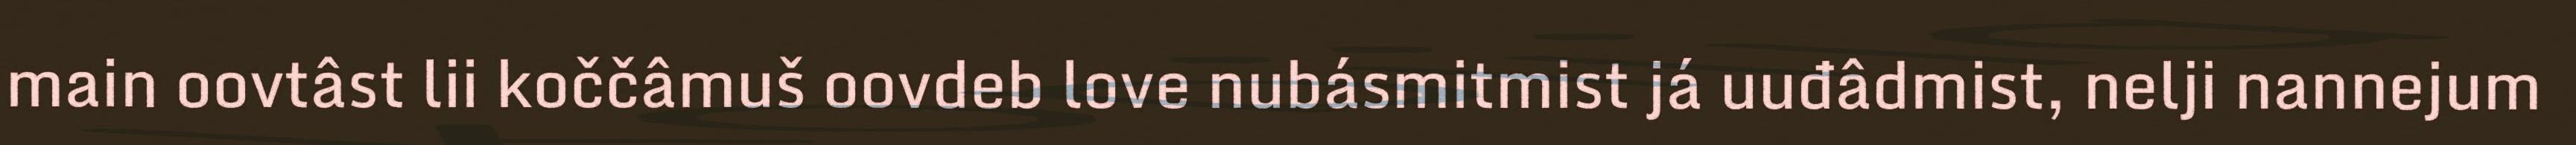
main oovtâst lii koččâmuš oovdeb love nubásmitmist já uuđâdmist, nelji nannejum